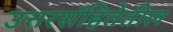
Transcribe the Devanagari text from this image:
उत्तरसंहितेतील